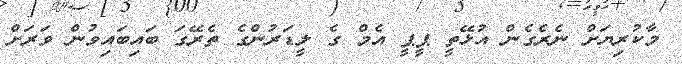
މާކުރިޔަށް ނެރެގެން އުޅޭތީ ޕީޕީ އެމް ގެ ލީޑަރުންގެ ތެރޭގަ ބައިބައިވުން ވަރަށް